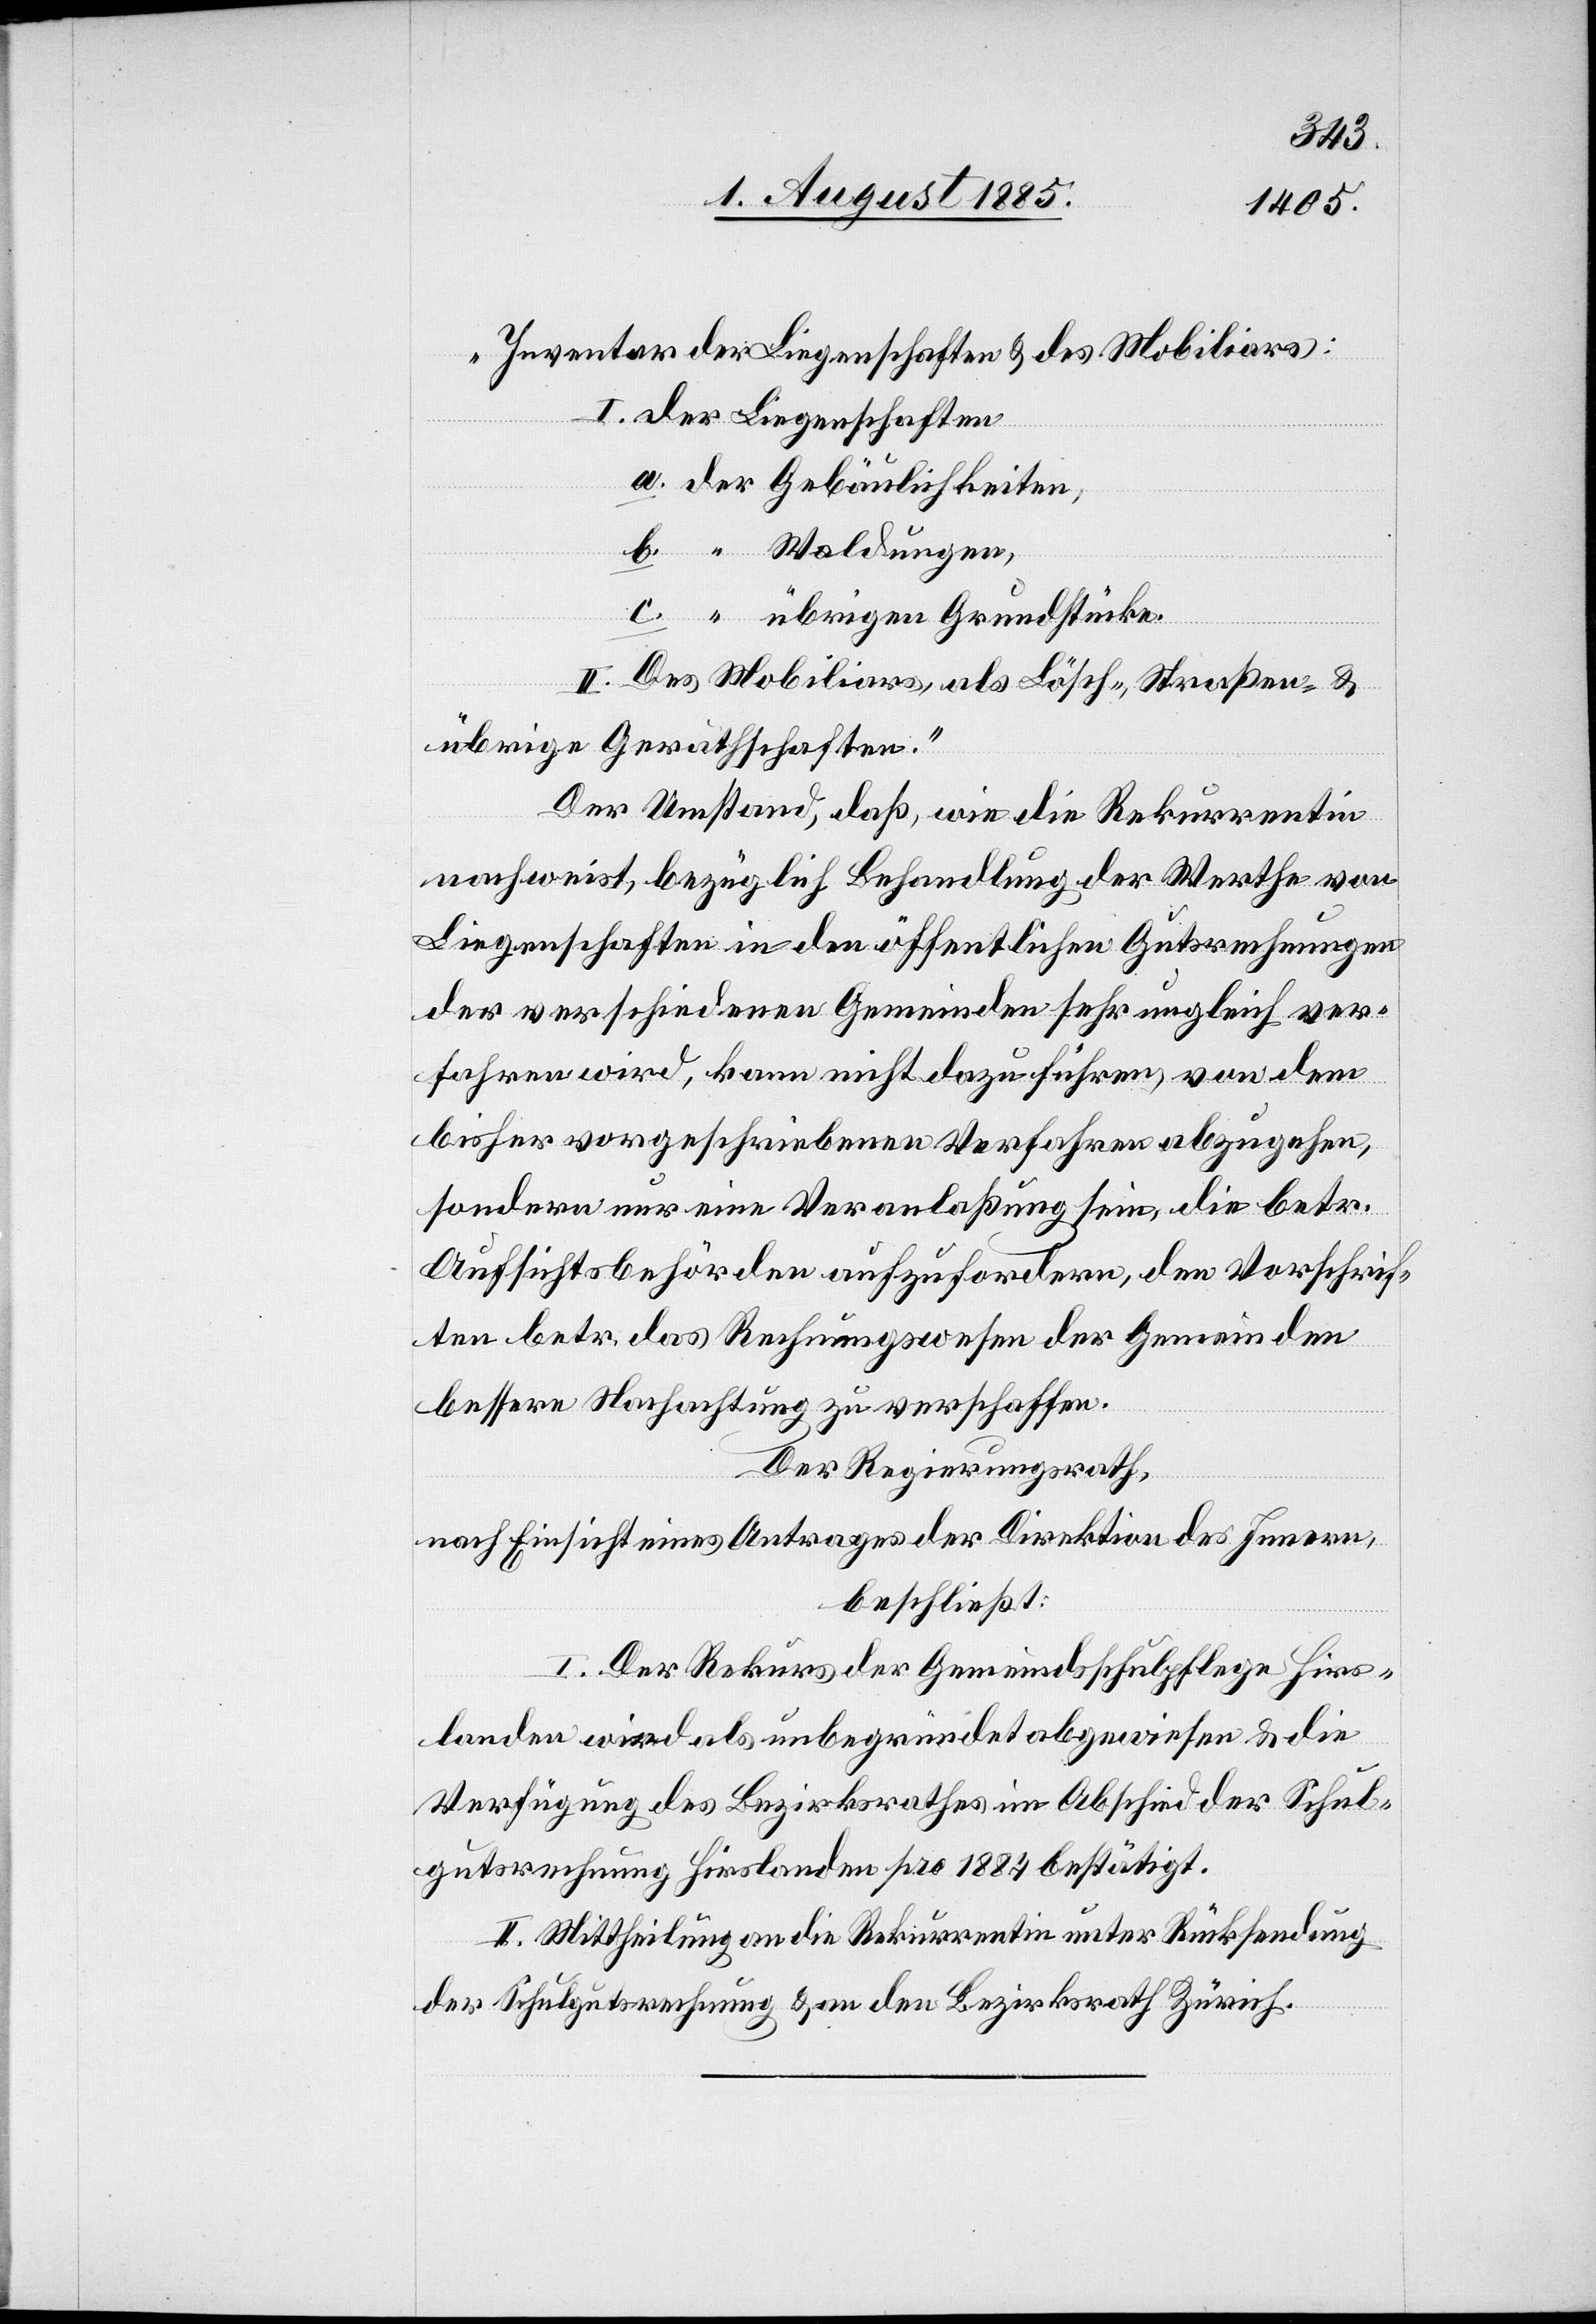
„Inventar der Liegenschaften & des Mobiliars:
I. der Liegenschaften
der
übrigen Grundstücke.
II. Des Mobiliars als Lösch-, Straßen- &
übrige Geräthschaften.“
Der Umstand, daß, wie die Rekurrentin
nachweist, bezüglich Behandlung der Werthe von
Liegenschaften in den öffentlichen Gutsrechnungen
der verschiedenen Gemeinden sehr ungleich ver¬
fahren wird, kann nicht dazu führen, von dem
bisher vorgeschriebenen Verfahren abzugehen,
sondern nur eine Veranlaßung sein, die betr.
Aufsichtsbehörden aufzufordern, den Vorschrif¬
ten betr. das Rechnungswesen der Gemeinden
bessere Nachachtung zu verschaffen.
Der Regierungsrath,
nach Einsicht eines Antrages der Direktion des Innern,
beschließt:
I. Der Rekurs der Gemeindsschulpflege Hirs¬
landen wird als unbegründet abgewiesen & die
Verfügung des Bezirksrathes im Abschied der Schul¬
gutsrechnung Hirslanden pro 1884 bestätigt.
II. Mittheilung an die Rekurrentin unter Rücksendung
der Schulgutsrechnung & an den Bezirksrath Zürich.